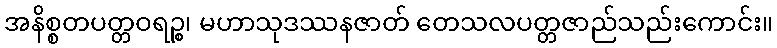
အနိစ္စတပတ္တဝရဉ္စ၊ မဟာသုဒဿနဇာတ် တေသလပတ္တဇာည်သည်းကောင်း။